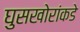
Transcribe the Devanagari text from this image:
घुसखोरांकडे